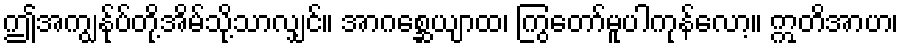
ဤအကျွန်ုပ်တို့အိမ်သို့သာလျှင်။ အာဂစ္ဆေယျာထ၊ ကြွတော်မူပါကုန်လော့။ ဣတိအာဟ၊